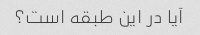
آیا در این طبقه است؟